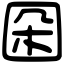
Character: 𡇙